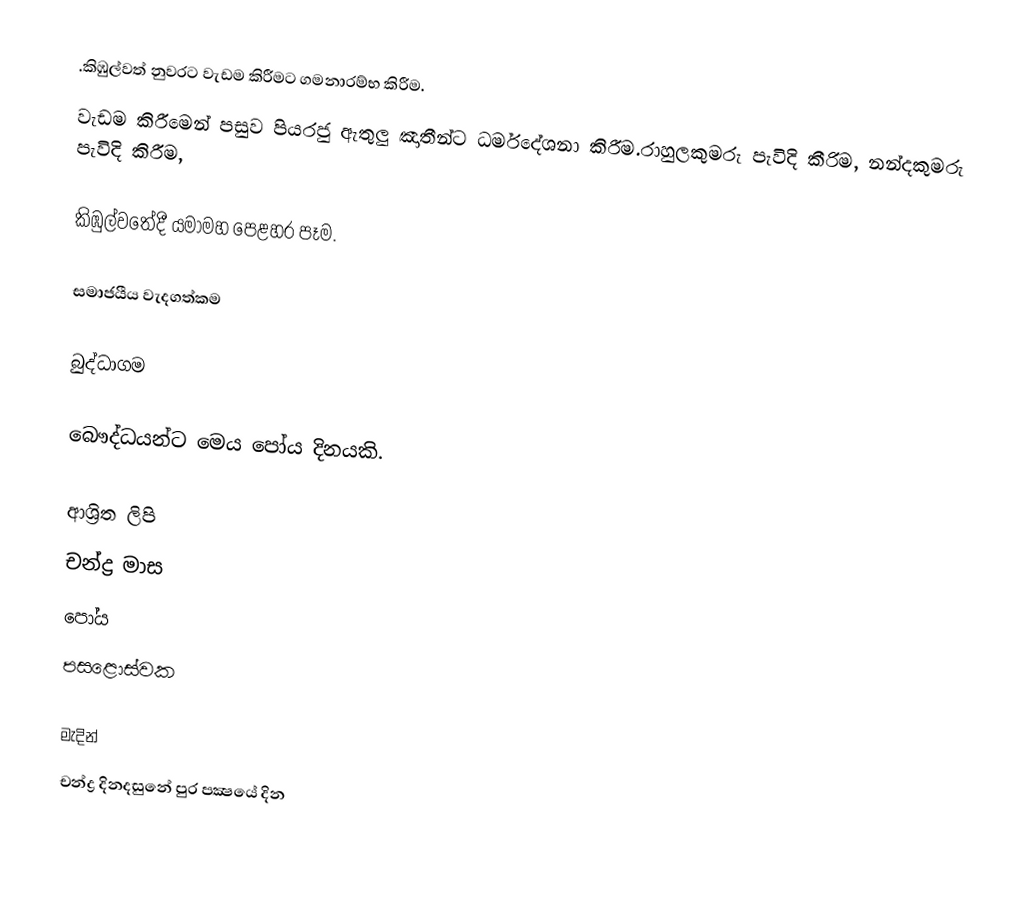
.කිඹුල්වත් නුවරට වැඩම කිරීමට ගමනාරම්භ කිරීම.
වැඩම කිරීමෙන් පසුව පියරජු ඇතුලු ඤාතීන්ට ධර්මදේශනා  කිරීම.රාහුලකුමරු පැවිදි කීරිම, නන්දකුමරු පැවිදි කිරීම,

 කිඹුල්වතේදී යමාමහ පෙළහර පෑම.

සමාජයීය වැදගත්කම

බුද්ධාගම

බෞද්ධයන්ට මෙය පෝය දිනයකි.

ආශ්‍රිත ලිපි
 චන්ද්‍ර මාස
 පෝය
 පසළොස්වක

මැදින්
චන්ද්‍ර දිනදසුනේ පුර පක්‍ෂයේ දින